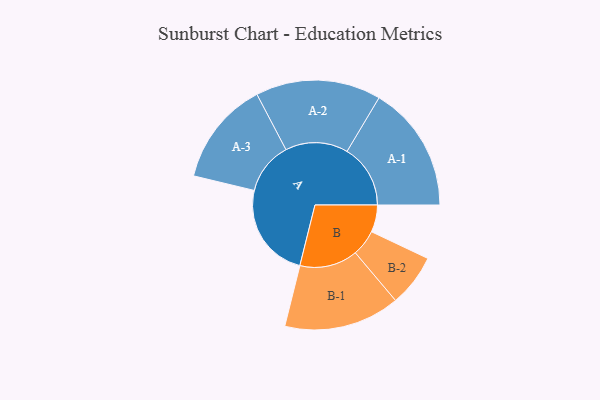
{"axis": {"x": "Segment", "y": "Value"}, "legend": ["", "A", "B"], "data": [{"x": "A", "y": 431, "type": ""}, {"x": "B", "y": 122, "type": ""}, {"x": "A-1", "y": 285, "type": "A"}, {"x": "A-2", "y": 282, "type": "A"}, {"x": "A-3", "y": 235, "type": "A"}, {"x": "B-1", "y": 261, "type": "B"}, {"x": "B-2", "y": 118, "type": "B"}]}